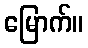
မြောက်။